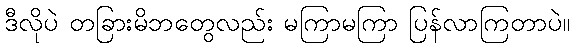
ဒီလိုပဲ တခြားမိဘတွေလည်း မကြာမကြာ ပြန်လာကြတာပဲ။